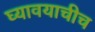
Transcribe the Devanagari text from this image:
घ्यावयाचीच